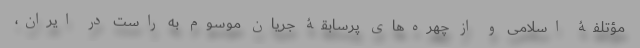
مؤتلفۀ اسلامی و از چهره‌های پُرسابقۀ جریان موسوم به راست در ایران،